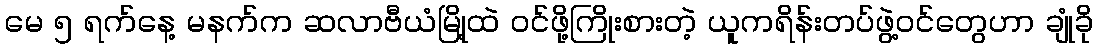
မေ ၅ ရက်နေ့ မနက်က ဆလာဗီယံမြို့ထဲ ဝင်ဖို့ကြိုးစားတဲ့ ယူကရိန်းတပ်ဖွဲ့ဝင်တွေဟာ ချုံခို